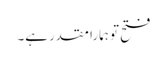
فتح تو ہمارا مقدر ہے۔